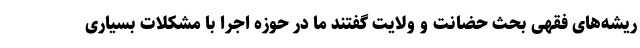
ریشه‌های فقهی بحث حضانت و ولایت گفتند ما در حوزه اجرا با مشکلات بسیاری